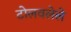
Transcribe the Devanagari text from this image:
टोलवलेले